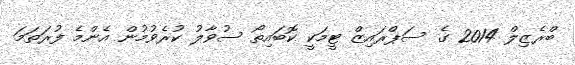
ބްރެޒިލް 2014 ގެ ސަޕްރައިޒް ޓީމަކީ ކޮބައިތޯ ސުވާލު ކުރެވުމުން އެންމެ ފުރަތަމަ